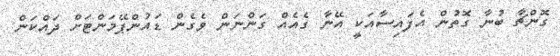
ގޮންޗާ ބުނާ ގޮތުން އެފައިސާއަކީ އޭނާ ގެއެއް ގަންނަން ވެގެން ޑައުންޕޭމަންޓަށް ދައްކަން